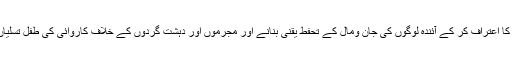
اپنی کمزوریوں کا اعتراف کر کے آئندہ لوگوں کی جان ومال کے تحفط یقنی بنانے اور مجرموں اور دہشت گردوں کے خلاف کاروائی کی طفل تسلیاں بھی دیتے ہیں۔